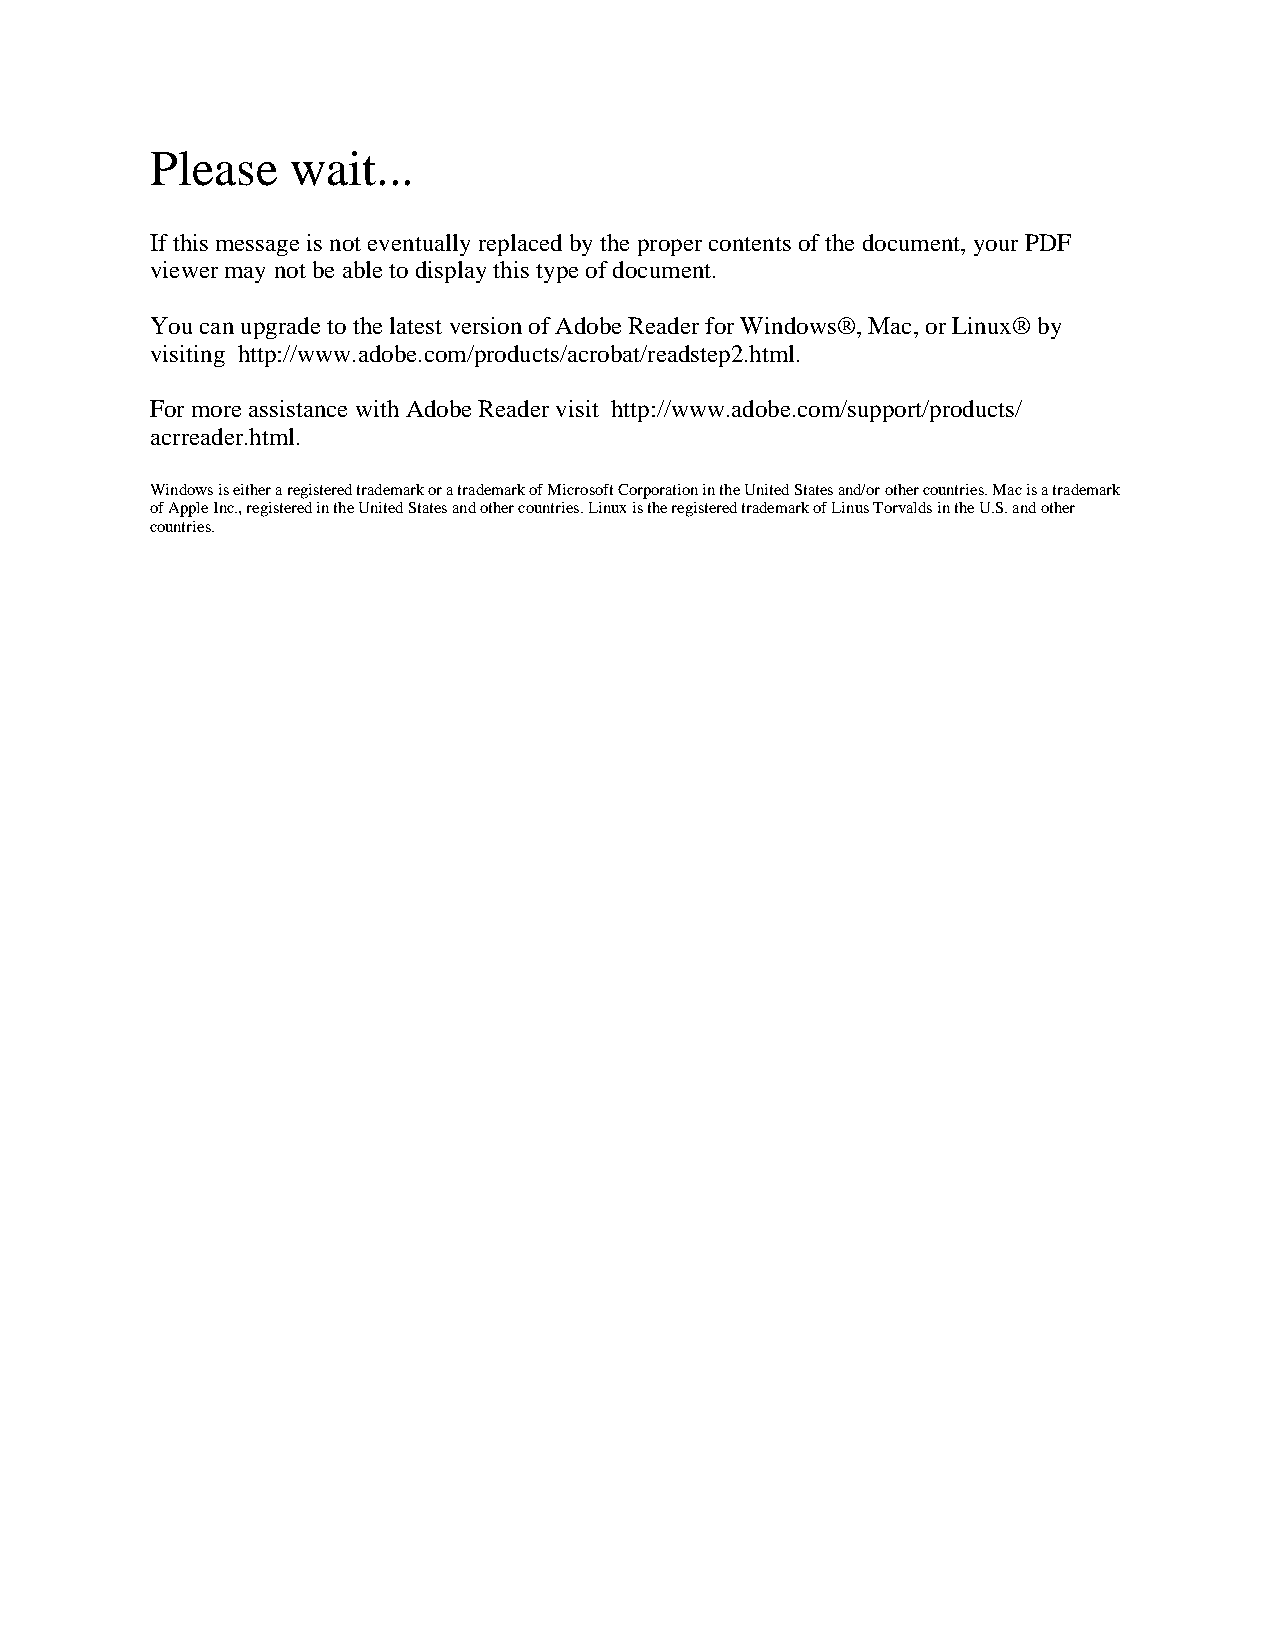
Please   wait...
 If this message is not eventually replaced by the proper contents of the document, your PDF
 viewer may not be able to display this type of document.
 You can upgrade to the latest version of Adobe Reader for Windows®, Mac, or Linux® by
 visiting http://www.adobe.com/products/acrobat/readstep2.html.
 For more assistance with Adobe Reader visit http://www.adobe.com/support/products/
 acrreader.html.
 Windows is either a registered trademark or a trademark of Microsoft Corporation in the United States and/or other countries. Mac is a trademark
 of Apple Inc., registered in the United States and other countries. Linux is the registered trademark of Linus Torvalds in the U.S. and other
 countries.